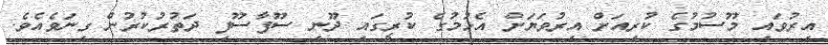
އިރުވައި މޫސުމުގެ ކުރިއަށް އިރުވަޔަށް އެޅުމުގެ ކުރީގައި ދޫނި ސޫފާސޫފި ދަތުރުކުރުން ގިނަވެއެވެ.